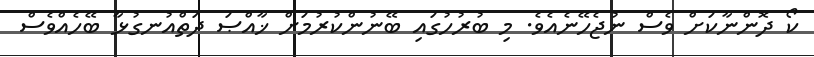
ކޯ ދޮންނާކަށް ވެސް ނުޖެހޭނެއެވެ. މި ބުރުހުގައި ބޭނުންކުރުމަށް ޚާއްޞަ ދަތްއުނގުޅާ ބޭހެއްވެސް